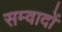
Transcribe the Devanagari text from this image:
सम्वादों